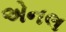
એનલ